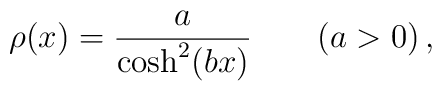
\rho(x)=\frac{a}{\cosh^2(bx)}\qquad (a>0)\,,